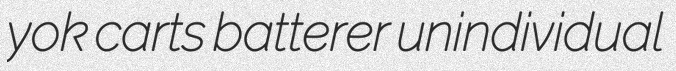
yok carts batterer unindividual